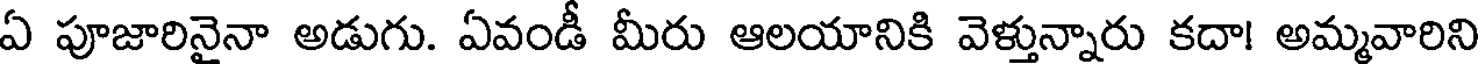
ఏ పూజారినైనా అడుగు. ఏవండీ మీరు ఆలయానికి వెళ్తున్నారు కదా! అమ్మవారిని